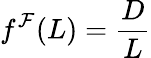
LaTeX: f^{\mathcal{F}}(L)=\frac{D}{L}